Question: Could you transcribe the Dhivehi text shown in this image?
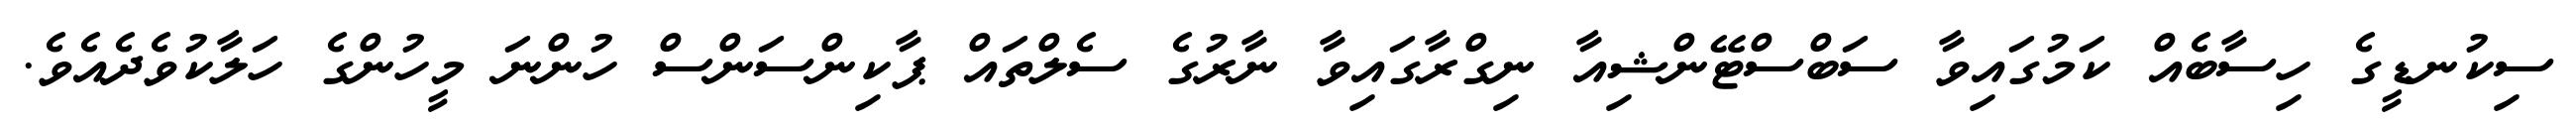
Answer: ސިކުނޑީގެ ހިސާބެއް ކަމުގައިވާ ސަބްސްޓޭންޝިއާ ނިގްރާގައިވާ ނާރުގެ ސެލްތައް ޕާކިންސަންސް ހުންނަ މީހުންގެ ހަލާކުވެދެއެވެ.